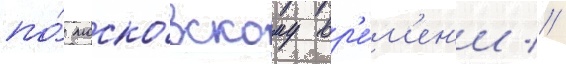
по́ моско́вскому вр'е́м'ен'и //